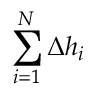
\sum _ { i = 1 } ^ { N } \Delta h _ { i }